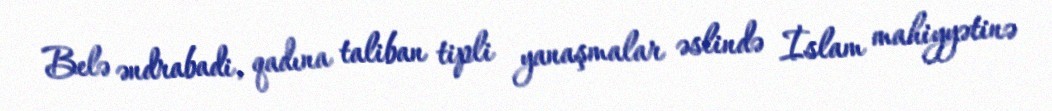
Belə əndrabadi, qadına taliban tipli yanaşmalar əslində İslam mahiyyətinə